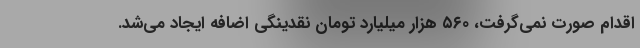
اقدام صورت نمی‌گرفت، ۵۶۰ هزار میلیارد تومان نقدینگی اضافه ایجاد می‌شد.